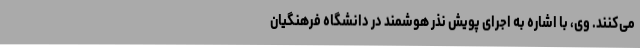
می‌کنند. وی، با اشاره به اجرای پویش نذر هوشمند در دانشگاه فرهنگیان